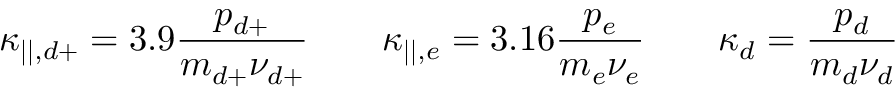
\kappa _ { | | , d + } = 3 . 9 \frac { p _ { d + } } { m _ { d + } \nu _ { d + } } \qquad \kappa _ { | | , e } = 3 . 1 6 \frac { p _ { e } } { m _ { e } \nu _ { e } } \qquad \kappa _ { d } = \frac { p _ { d } } { m _ { d } \nu _ { d } }